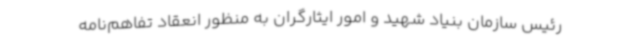
رئیس سازمان بنیاد شهید و امور ایثارگران به منظور انعقاد تفاهم‌نامه